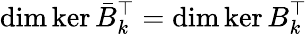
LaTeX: \dim\ker\bar{B}_{k}^{\top}=\dim\ker B_{k}^{\top}